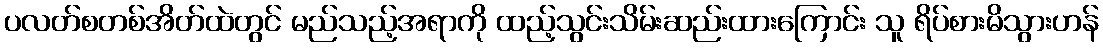
ပလတ်စတစ်အိတ်ထဲတွင် မည်သည့်အရာကို ထည့်သွင်းသိမ်းဆည်းထားကြောင်း သူ ရိပ်စားမိသွားဟန်